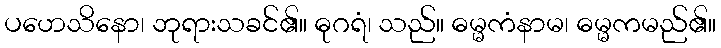
ပဟေသိနော၊ ဘုရားသခင်၏။ ဓုဂရံ၊ သည်။ ဓမ္မကံနာမ၊ ဓမ္မကမည်၏။